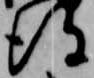
得